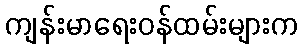
ကျန်းမာရေးဝန်ထမ်းများက